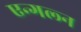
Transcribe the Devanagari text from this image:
एन्गल्न